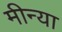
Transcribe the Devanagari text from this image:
मीन्या